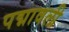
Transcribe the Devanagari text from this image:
पद्मावली